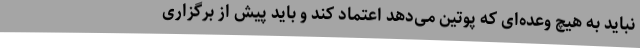
نباید به هیچ وعده‌ای که پوتین می‌دهد اعتماد کند و باید پیش از برگزاری